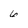
Character: 6